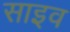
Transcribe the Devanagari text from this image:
साइव